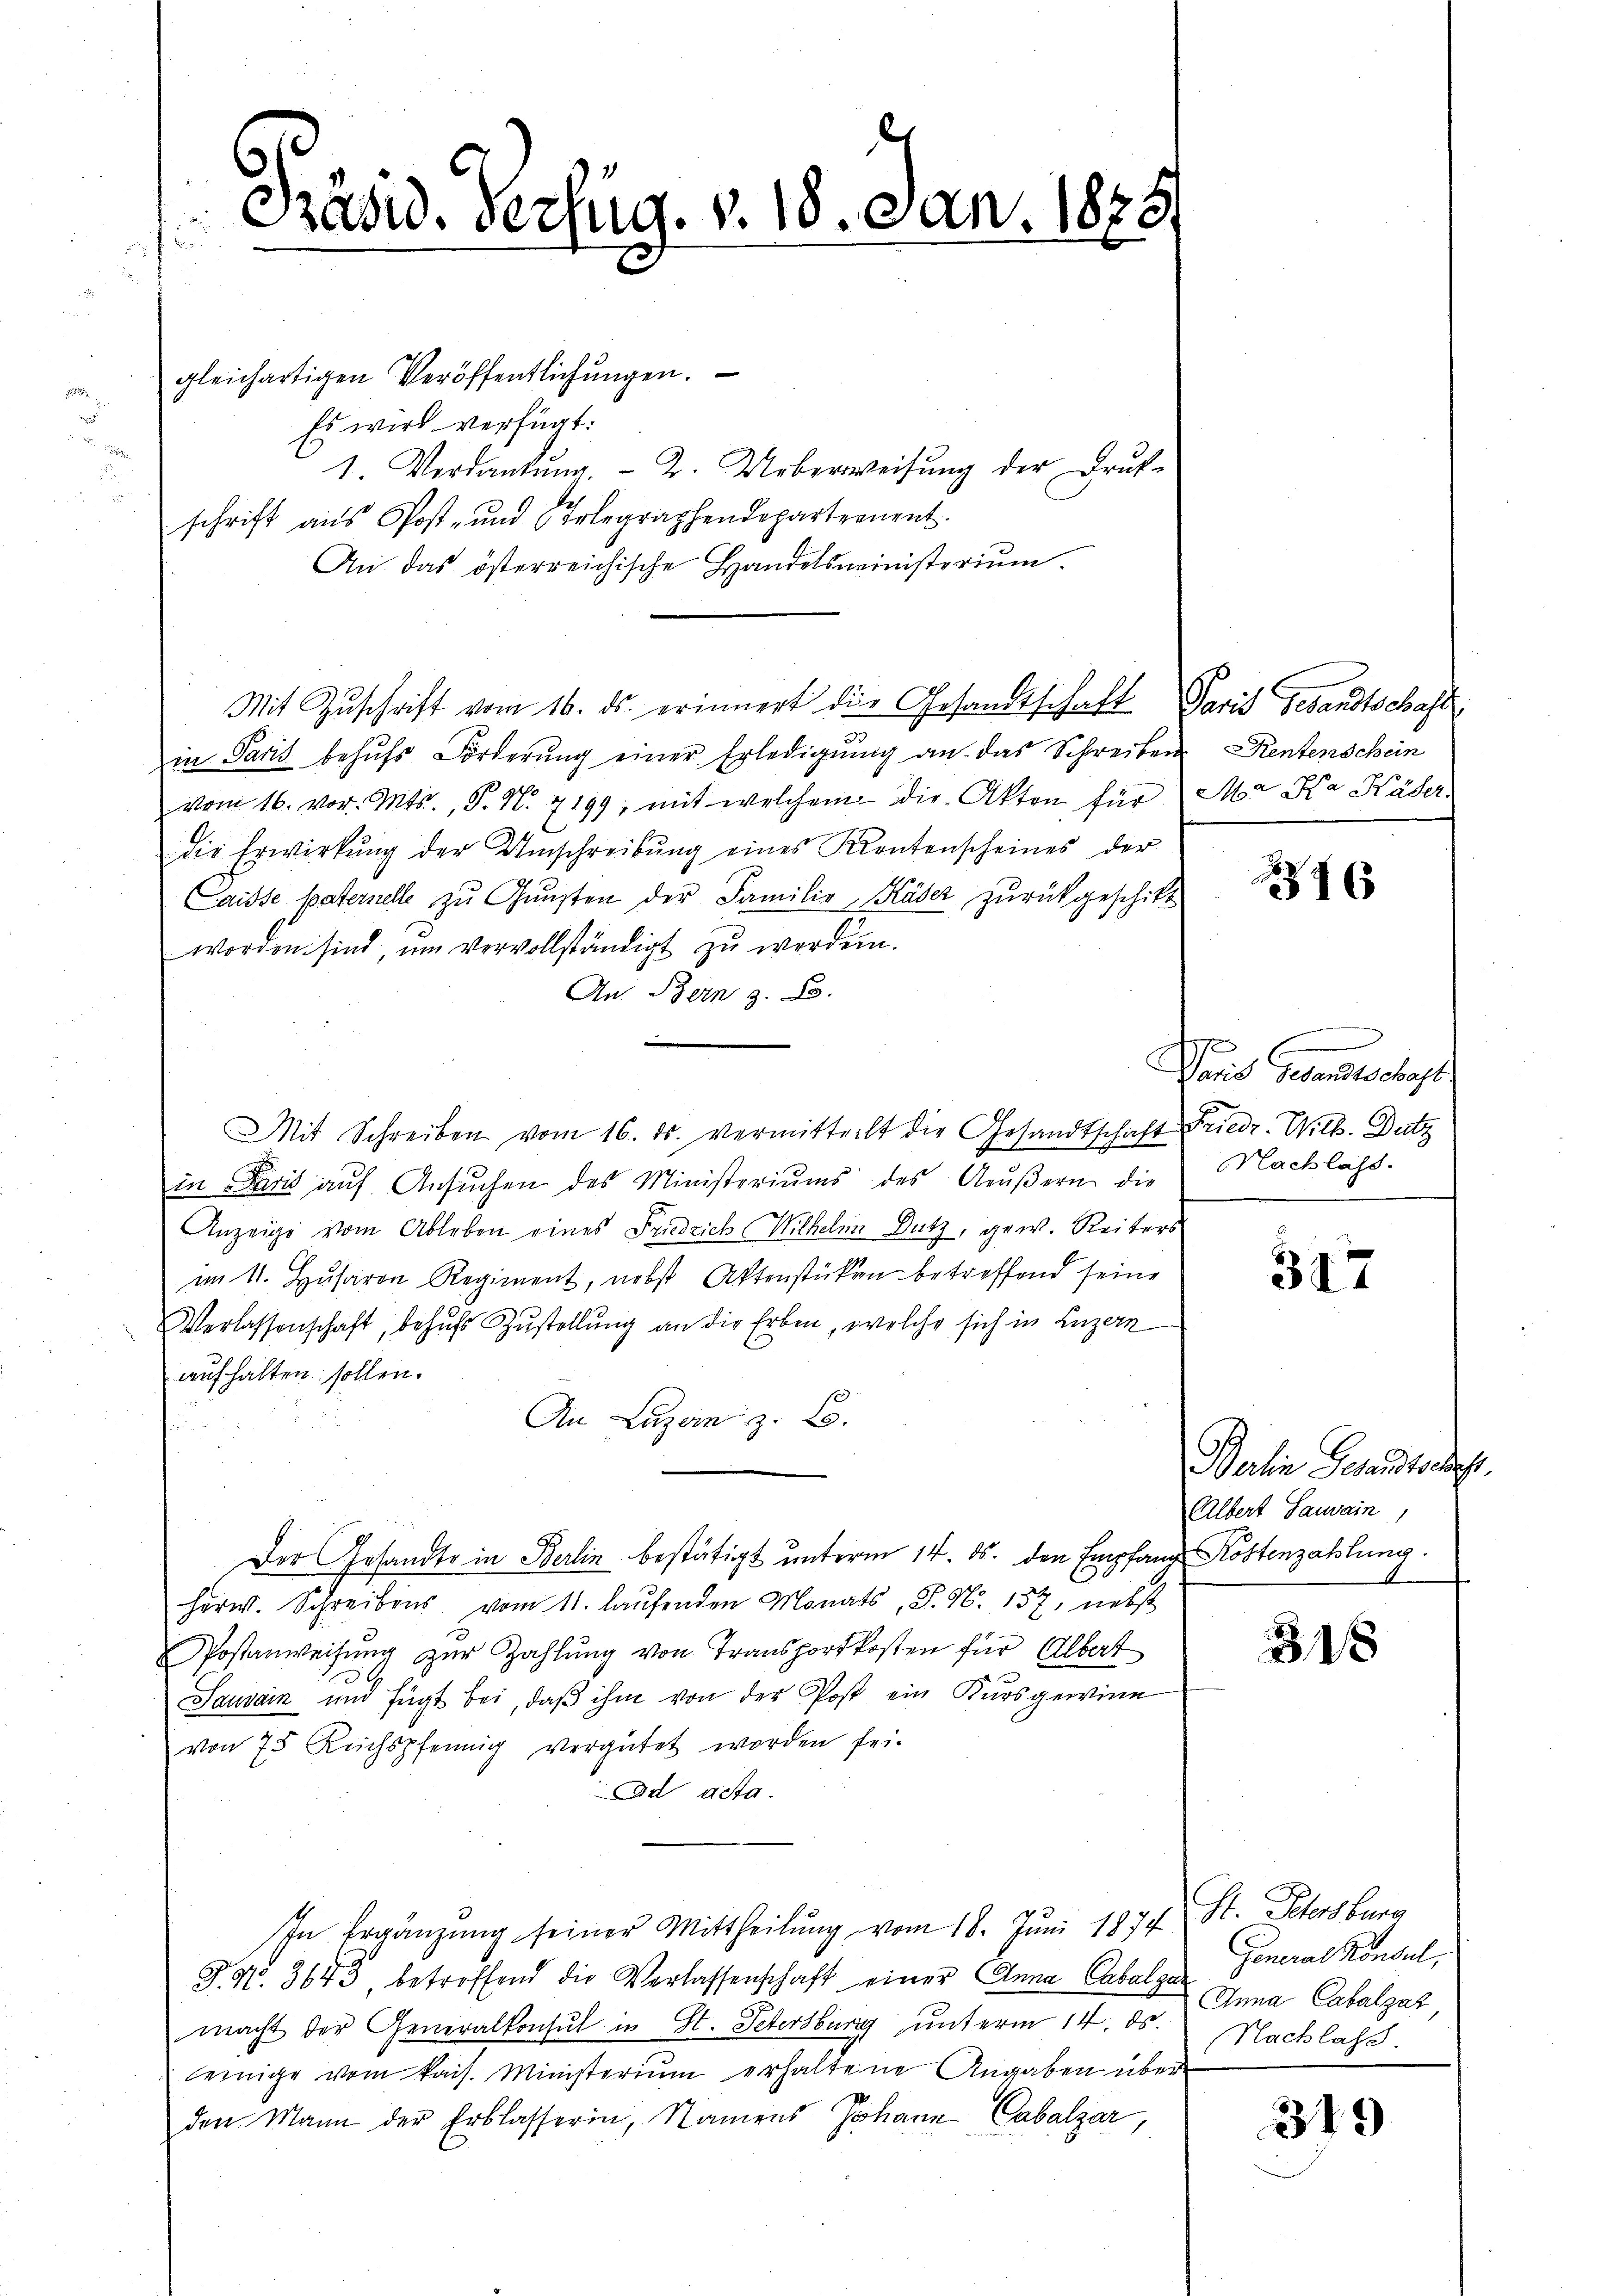
Präsid. Verzug. v. 18. Jan. 1885

gleichartigen Veröffentlichungen.
Es wird verfügt:
1. Verdankŭng.- 2. Ueberweisung der Druk-
schrift aus Post- und Erlegraphendepartement.
An das österreichische Handelsministerium.
Mit Zŭschrift vom 16. ds. erinnert die Gesandtschaft Paris Gesandtschaft
in Paris behŭfs Förderŭng einer Erledigŭng an das Schreiben Rentenschein
vom 16. vor. Mts., P. N. 7199, mit welchem die Akten für Ma Ka Häder
die Erwirkung der Umschreibŭng eines Krentenscheines der
Caisse paternelle zu Gunsten der Familie, Käser zurückgeschikt
worden sind, um vervollständigt zu werden.
An Bern z. B.
.
Mit Schreiben vom 16. ds. vermitteilt die Gesandtschaft Friedr. Wilh. Dutz
in Paris auf Ansuchen des Ministeriums des Aeußern die
Anzeige vom Ableben eines Friedrich Wilhelm Dutz, gew. Reiters
im 11. Husaron Regiment, nebst Aktenstücken betreffend seine
Verlassenschaft, behufs Zustellung an die Erben, welche sich in Luzern
aufhalten sollen.
An Luzan z. B.
Der Gesandte in Berlin bestätigt unterm 14. ds. den Empfang Köstenzahlung.
Herw. Schreibens vom 11. laŭfenden Monats, S. N. 157, nebst
Postanweisung zur Zahlung von Transportkosten für Albat
Sauvain und fügt bei, daß ihm von der Post ein Kursgewinn
von 75 Reichspfennig vergütet worden sei.
Ad acta.
In Ergänzŭng seiner Mittheilŭng vom 18. Juni 1874 St. Petersburg
Z.No. 3643, betreffend die Verlassenschaft einer Anna Cabalgar
macht der Generalkonsul in St. Petersburg unterm 14. ds. Nachlass.
leinige vom kais. Ministerium erhaltene Angaben über
den. Mann der Erblasserin, Namens Johann Cabalzar,

16

Paris Gesandtschaft
Nachlass.

317

Berlin Gesandtschaft,
Albert Sauvain,

318

General Konsul,
Anna Cabalzah

319